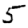
Digit: 5